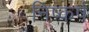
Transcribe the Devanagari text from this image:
निष्कर्ष